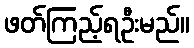
ဖတ်ကြည့်ရဦးမည်။